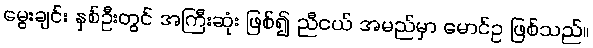
မွေးချင်း နှစ်ဦးတွင် အကြီးဆုံး ဖြစ်၍ ညီငယ် အမည်မှာ မောင်ဥ ဖြစ်သည်။